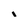
Character: i